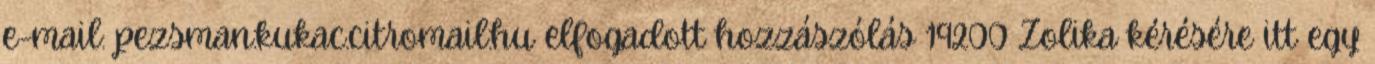
e-mail: pezsman.kukac.citromail.hu elfogadott hozzászólás 19200 Zolika kérésére itt egy